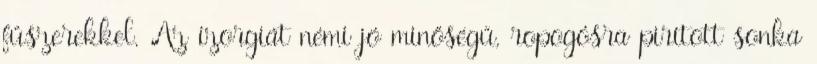
fűszerekkel. Az ízorgiát némi jó minőségű, ropogósra pirított sonka